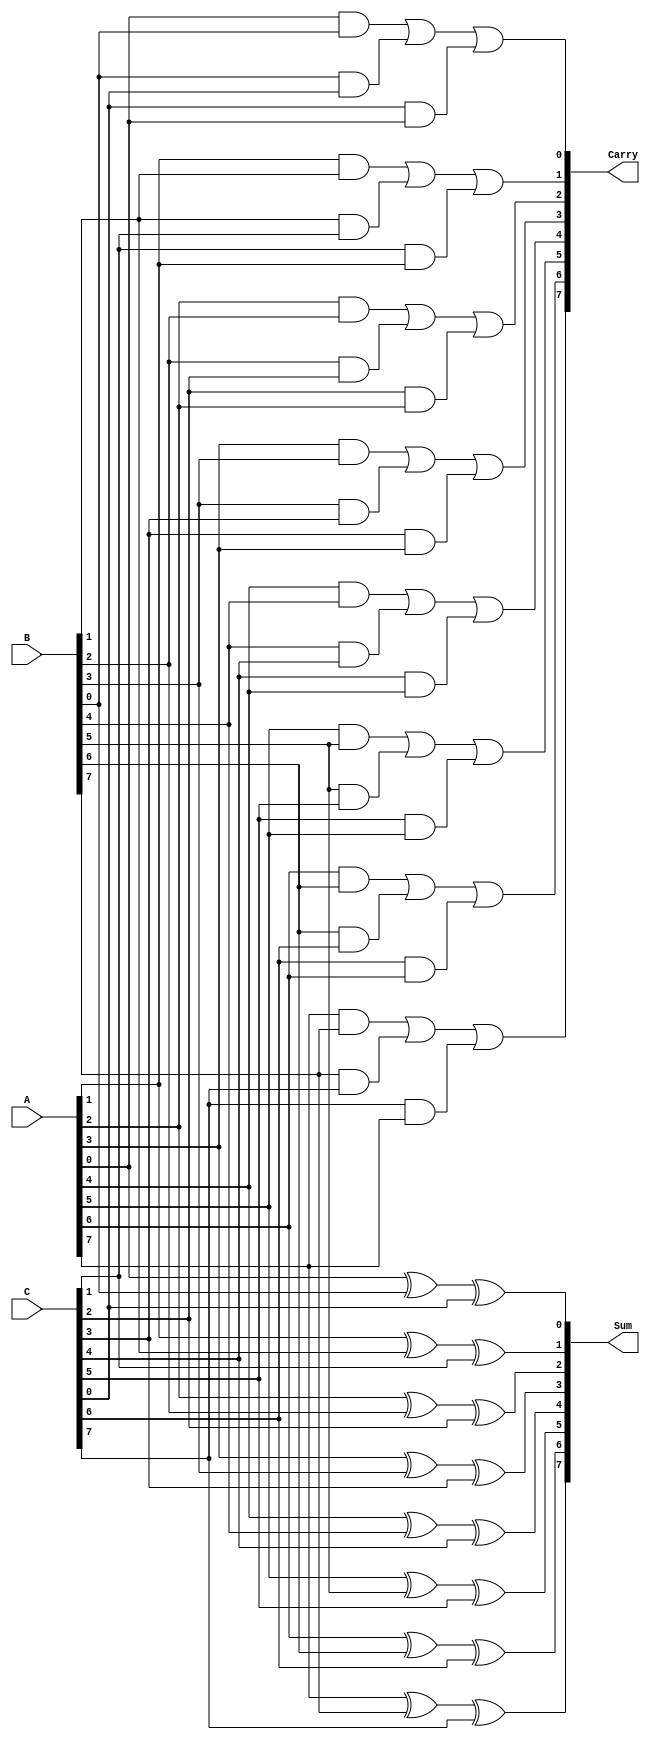
module CarrySaveAdder #(parameter n = 8) (
    input  [n-1:0] A,     // First operand
    input  [n-1:0] B,     // Second operand
    input  [n-1:0] C,     // Third operand
    output [n-1:0] Sum,   // Sum output
    output [n-1:0] Carry   // Carry output
);

    // Generate sum and carry outputs
    genvar i;
    generate
        for (i = 0; i < n; i = i + 1) begin : CSA
            assign Sum[i] = A[i] ^ B[i] ^ C[i]; // Sum calculation
            assign Carry[i] = (A[i] & B[i]) | (B[i] & C[i]) | (C[i] & A[i]); // Carry calculation
        end
    endgenerate

endmodule